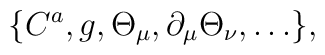
\{C^a,g,\Theta_{\mu},\partial_{\mu}\Theta_{\nu},\ldots\},